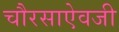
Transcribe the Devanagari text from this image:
चौरसाऐवजी